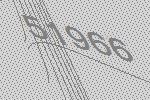
51966